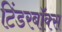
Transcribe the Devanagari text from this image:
टिंडरबॉक्स